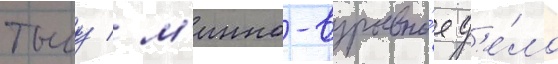
тылу / м'инно-взрывно́е д'е́ло